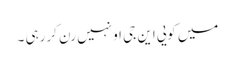
میں کویی این جی او نہیں رن کررہی ۔